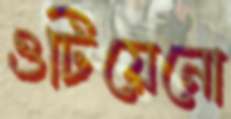
ওটিয়েনো